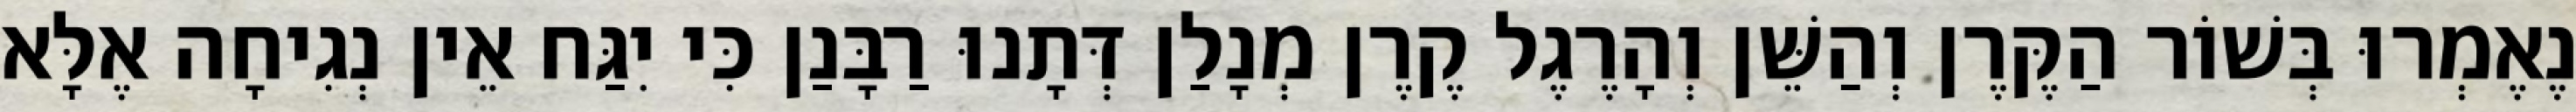
נֶאֶמְרוּ בְּשׁוֹר הַקֶּרֶן וְהַשֵּׁן וְהָרֶגֶל קֶרֶן מְנָלַן דְּתָנוּ רַבָּנַן כִּי יִגַּח אֵין נְגִיחָה אֶלָּא